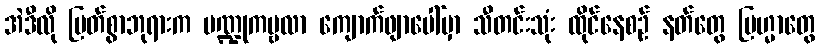
အဲဒီလို မြတ်စွာဘုရားက ပဏ္ဍုကမ္ဗလာ ကျောက်ဖျာပေါ်မှာ သီတင်းသုံး ထိုင်နေစဉ် နတ်တွေ ဗြဟ္မာတွေ